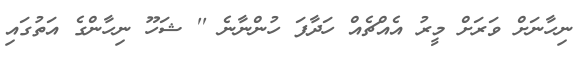
ނިހާނަށް ވަރަށް މީރު އެއްޗެއް ހަދާފަ ހުންނާނެ '' ޝަހޫ ނިހާންގެ އަތުގައި